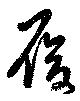
履